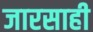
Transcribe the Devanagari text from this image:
जारसाही